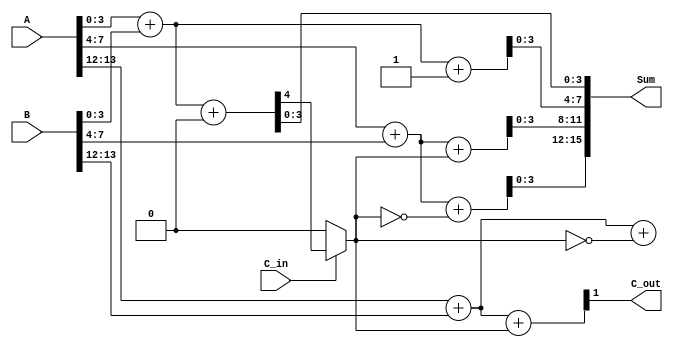
module DynamicCarrySelectAdder (
    input [15:0] A,        // 16-bit input A
    input [15:0] B,        // 16-bit input B
    input C_in,            // Carry input
    output [15:0] Sum,     // 16-bit sum output
    output C_out           // Carry output
);

    // Internal signals for carry and sum
    wire [3:0] Sum0, Sum1, Sum2, Sum3; // Sums assuming C_in = 0 and C_in = 1
    wire C1, C2, C3;                   // Carry outputs for each segment
    wire C_select;                     // Carry select signal

    // Segment 0 (LSB)
    assign {C1, Sum0} = A[3:0] + B[3:0] + 1'b0; // C_in = 0
    assign {C1, Sum1} = A[3:0] + B[3:0] + 1'b1; // C_in = 1

    // Segment 1
    assign {C2, Sum2} = A[7:4] + B[7:4] + C_select; // C_in = C_select
    assign {C2, Sum3} = A[7:4] + B[7:4] + ~C_select; // C_in = ~C_select

    // Segment 2
    assign {C3, Sum4} = A[11:8] + B[11:8] + C_select; // C_in = C_select
    assign {C3, Sum5} = A[11:8] + B[11:8] + ~C_select; // C_in = ~C_select

    // Segment 3 (MSB)
    assign {C_out, Sum6} = A[15:12] + B[15:12] + C_select; // C_in = C_select
    assign {C_out, Sum7} = A[15:12] + B[15:12] + ~C_select; // C_in = ~C_select

    // Carry select logic
    assign C_select = C_in ? C1 : C0; // Select carry based on C_in

    // Final sum output
    assign Sum = {Sum6, Sum5, Sum4, Sum3, Sum2, Sum1, Sum0};

endmodule